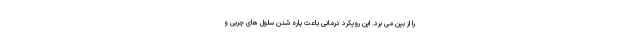
را از بین می برد. این رویکرد درمانی باعث پاره شدن سلول های چربی و